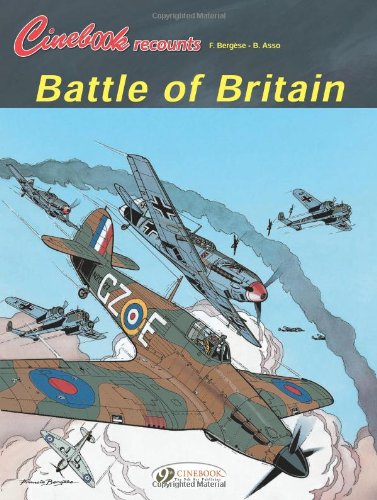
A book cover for Battle of Britain: Cinebook Recounts; B. Asso; Children's Books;